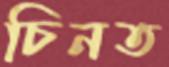
চিনত